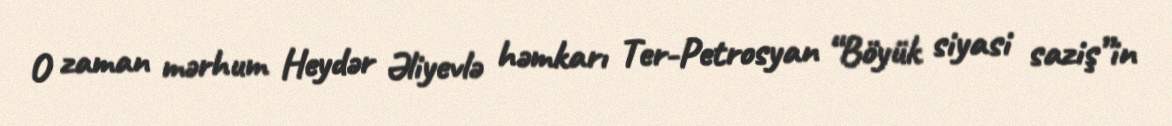
O zaman mərhum Heydər Əliyevlə həmkarı Ter-Petrosyan “Böyük siyasi saziş”in